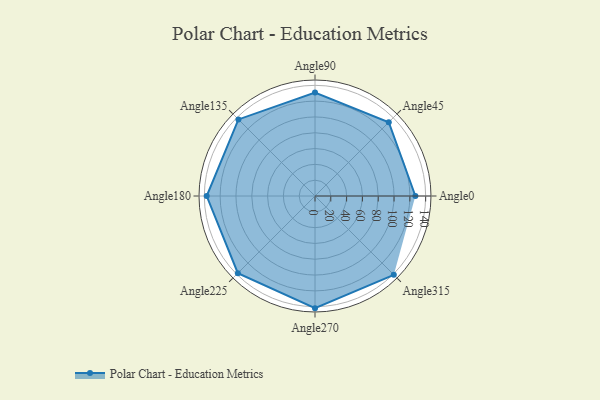
{"axis": {"x": "Angle", "y": "Radius"}, "legend": [""], "data": [{"x": "Angle0", "y": 127.0, "type": ""}, {"x": "Angle45", "y": 132.0, "type": ""}, {"x": "Angle90", "y": 131.0, "type": ""}, {"x": "Angle135", "y": 137.0, "type": ""}, {"x": "Angle180", "y": 137.0, "type": ""}, {"x": "Angle225", "y": 138.0, "type": ""}, {"x": "Angle270", "y": 142.0, "type": ""}, {"x": "Angle315", "y": 141.0, "type": ""}]}